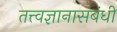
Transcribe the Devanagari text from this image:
तत्त्वज्ञानासंबंधी